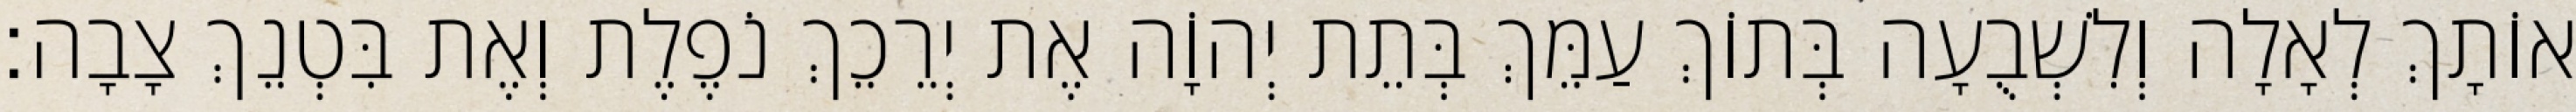
אוֹתָךְ לְאָלָה וְלִשְׁבֻעָה בְּתוֹךְ עַמֵּךְ בְּתֵת יְהוָֹה אֶת יְרֵכֵךְ נֹפֶלֶת וְאֶת בִּטְנֵךְ צָבָה׃